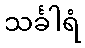
သင်္ခါရံ